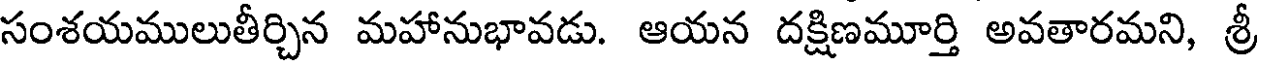
సంశయములుతీర్చిన మహానుభావడు. ఆయన దక్షిణమూర్తి అవతారమని, శ్రీ